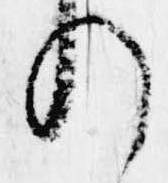
れ